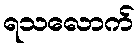
ရသလောက်